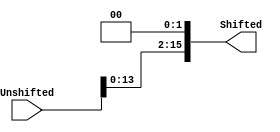
module SSL(
	output reg[15:0] Shifted,
	input [15:0] Unshifted
);

always@(*)
begin
	Shifted = Unshifted << 2;
end

endmodule